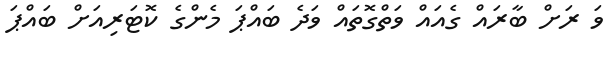
ވަ ރަށް ބާރައް ގެއައް ވަތްގޮތައް ވަދެ ބައްޕަ މެންގެ ކޮޓަރިއަށް ބައްޕަ